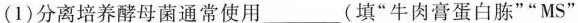
(1)分离培养酵母菌通常使用___(填”牛肉膏蛋白胨””MS”